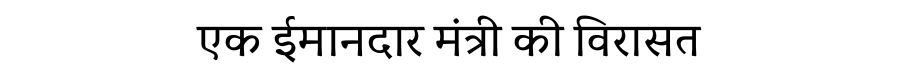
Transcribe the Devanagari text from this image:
एक ईमानदार मंत्री की विरासत